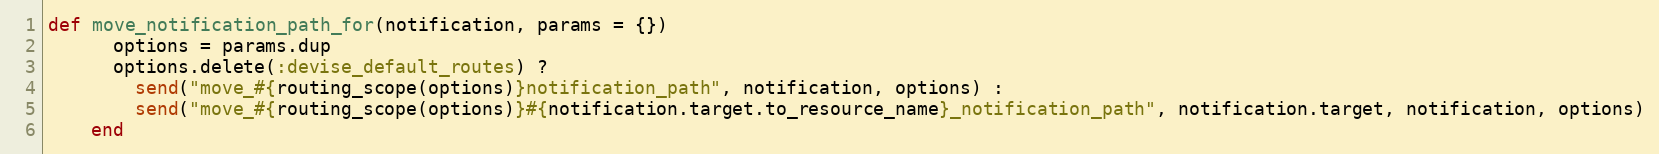
Language: Ruby
def move_notification_path_for(notification, params = {})
      options = params.dup
      options.delete(:devise_default_routes) ?
        send("move_#{routing_scope(options)}notification_path", notification, options) :
        send("move_#{routing_scope(options)}#{notification.target.to_resource_name}_notification_path", notification.target, notification, options)
    end